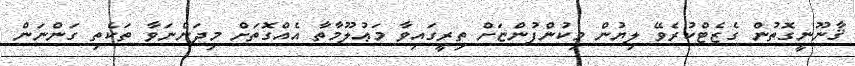
ޤާނޫނީގޮތުން ގެޒެޓްކުރެވޭ ލިޔުން މިކުންފުންޏަށް ތިރީގައިވާ މަޢުލޫމާތާ އެއްގޮތަށް މިދަންނަވާ ތަކެތި ގަންނަން